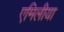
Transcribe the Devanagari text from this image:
एमिलीया